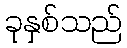
ခုနှစ်သည်